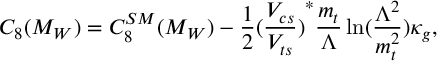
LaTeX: C _ { 8 } ( M _ { W } ) = C _ { 8 } ^ { S M } ( M _ { W } ) - \frac { 1 } { 2 } { ( \frac { V _ { c s } } { V _ { t s } } ) } ^ { * } \frac { m _ { t } } { \Lambda } \ln ( \frac { \Lambda ^ { 2 } } { m _ { t } ^ { 2 } } ) \kappa _ { g } ,